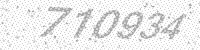
Solution: 710934